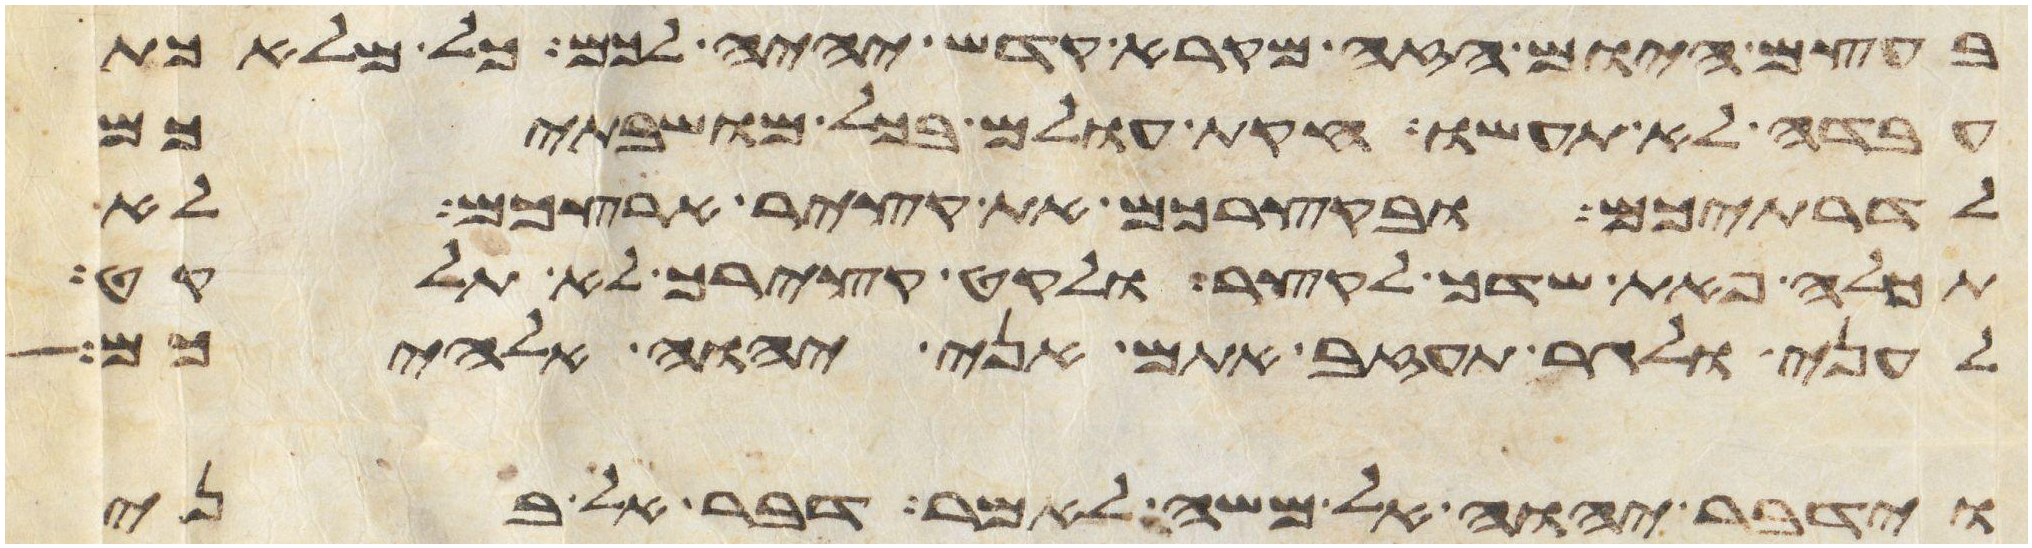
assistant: בעצם היום הזה מקרא קדש יהיה לכם כל מלאכת
עבדה לא תעשו חקות עולם בכל מושבתיכם
לדרתיכם ובקצירכם את קציר ארצכם לא
תכלה פאת שדך לקצר ולקט קצירך לא תלקט
לעני ולגר תעזב אתם אני יהוה אלהיכם
וידבר יהוה אל משה לאמר דבר אל בני